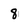
Character: 8